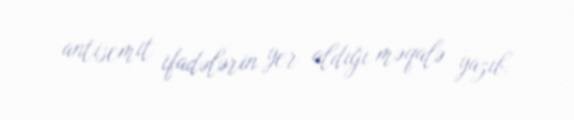
antisemit ifadələrin yer aldığı məqalə yazıb.